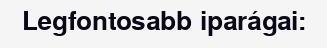
Legfontosabb iparágai: